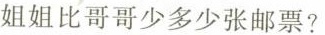
姐姐比哥哥少多少张邮票?